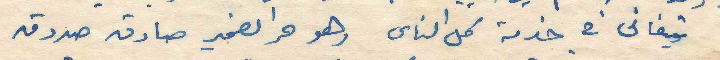
متفاني في خدمة كل الناس وهو حر الضمير صادق صدوق